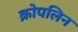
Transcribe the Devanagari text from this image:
क्रोपलिन